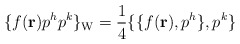
\begin{align*}\{ f({\bf r}) p^h p^k \}_{\rm W}= {1\over 4} \{ \{ f({\bf r}), p^h \} , p^k \}\end{align*}